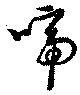
啼